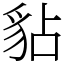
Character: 𧲸